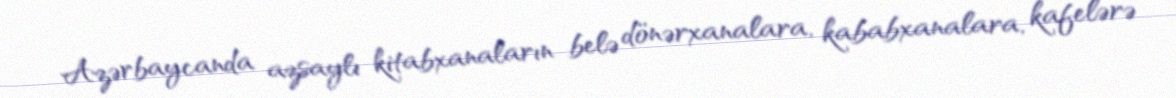
Azərbaycanda azsaylı kitabxanaların belə dönərxanalara, kababxanalara, kafelərə